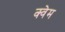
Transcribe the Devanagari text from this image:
क्वेम